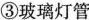
③玻璃灯管